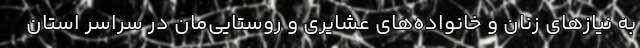
به نیازهای زنان و خانواده‌های عشایری و روستایی‌مان در سراسر استان